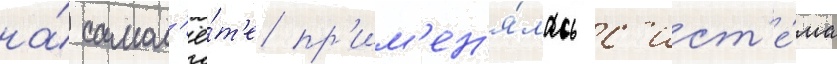
на́ самол'ё́т'е пр'им'ен'я́лась с'ист'е́ма